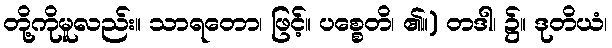
တို့ကိုမူလည်း။ သာရတော၊ ဖြင့်။ ပစ္စေတိ၊ ၏။) တဒါ၊ ၌။ ဒုတိယံ၊